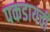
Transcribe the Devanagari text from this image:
पकडायची